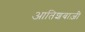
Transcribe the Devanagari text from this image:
आतिशबाज़ीे